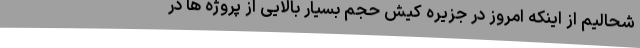
شحالیم از اینکه امروز در جزیره کیش حجم بسیار بالایی از پروژه ها در